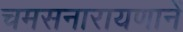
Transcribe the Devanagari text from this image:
चमसनारायणानें